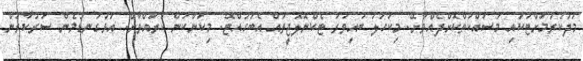
މަދުކުރުމަށްޓަކައި މަސައްކަތްކޮށްދެއްވާށޭ. މިކަހަލަ ބައިވަރު ޓެކްނޮލޮޖީތައް އެބަހުއްޓޭ. މިކަންކަން ކުރައްވާށޭ. އަޅުގަނޑުމެން ސަރުކާރުން